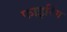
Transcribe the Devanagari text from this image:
फाइरिंग